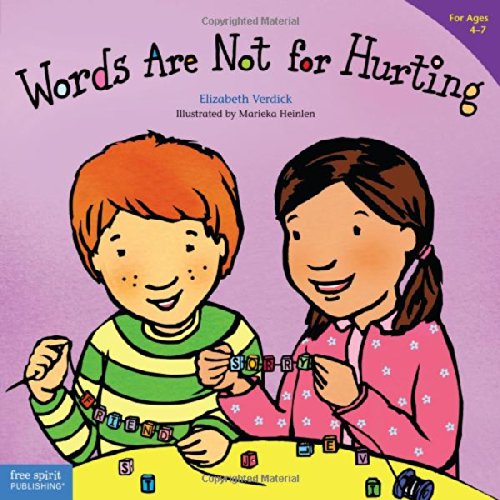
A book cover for Words Are Not for Hurting (Ages 4-7) (Best Behavior Series); Elizabeth Verdick; Reference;